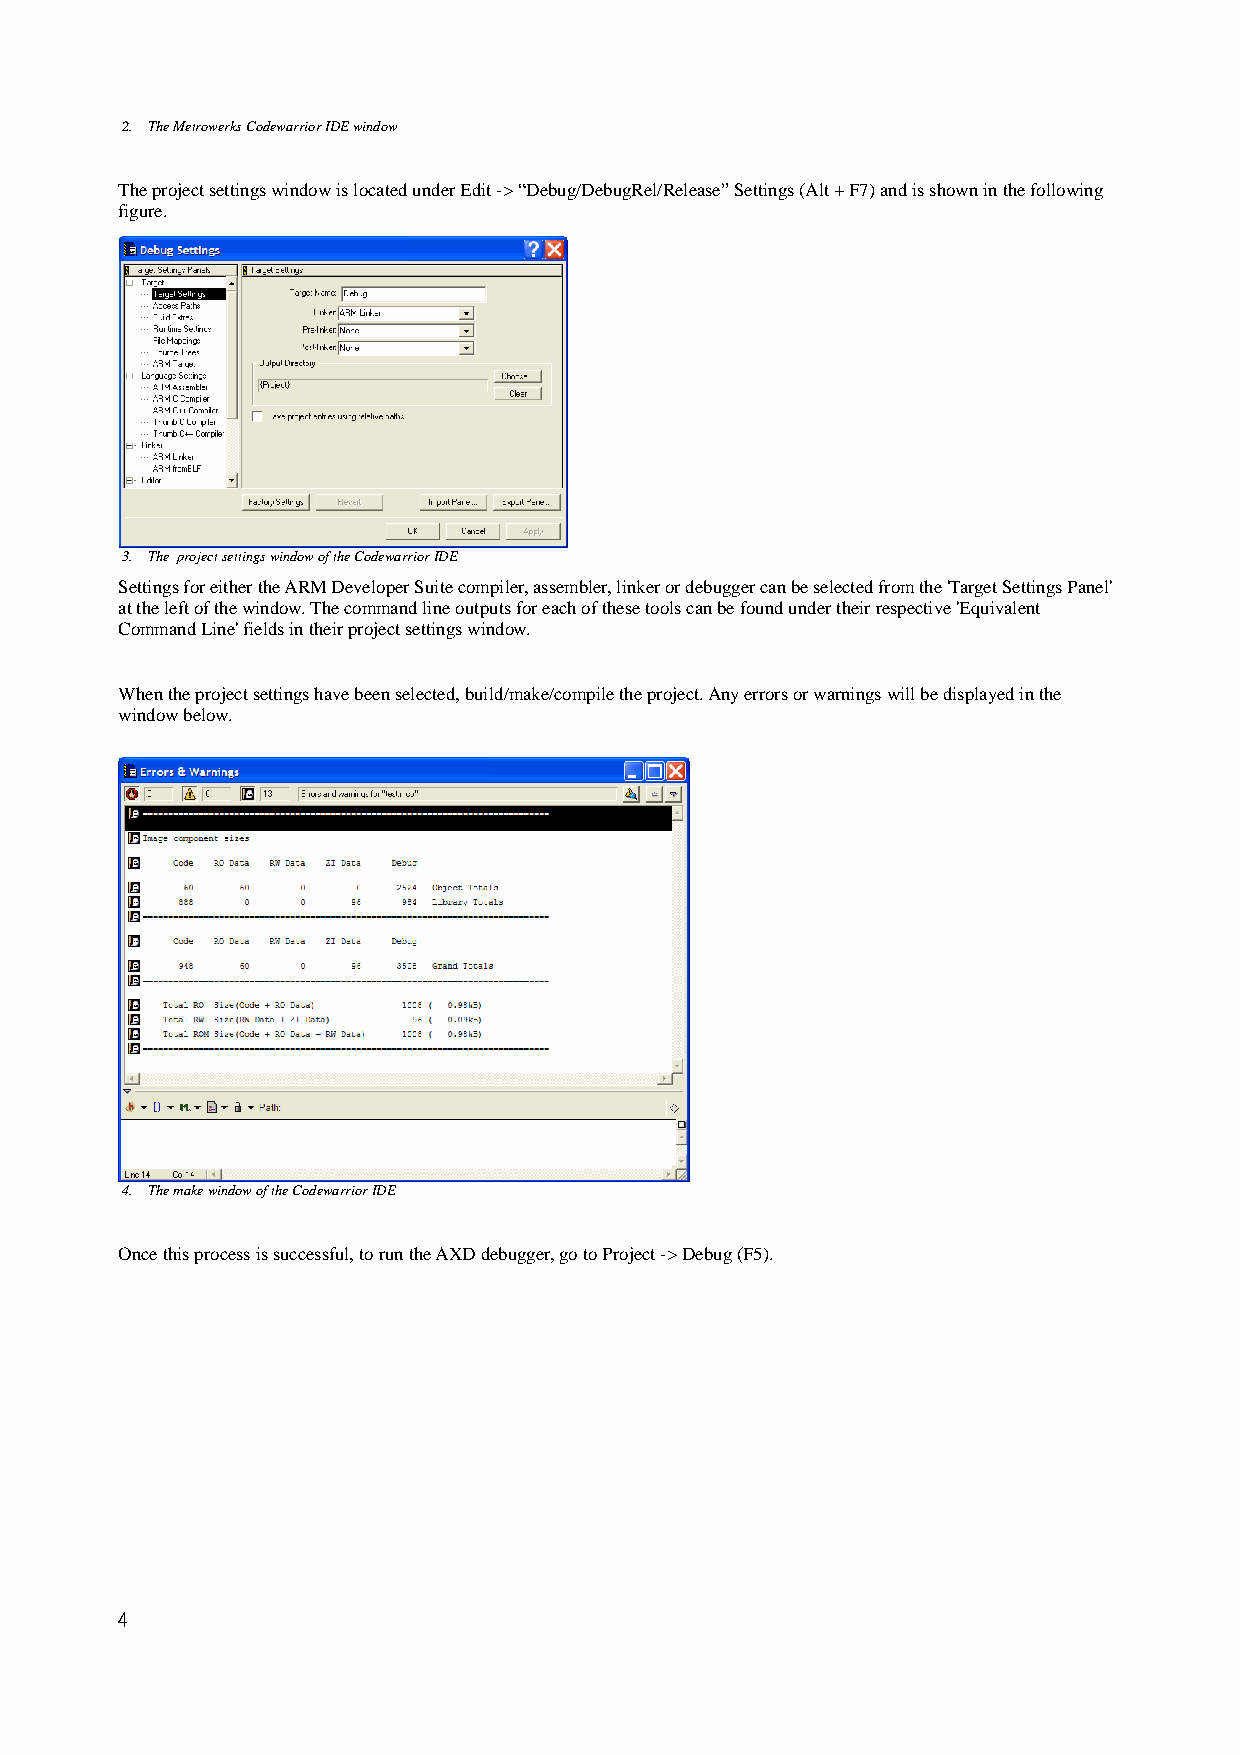
2. The Metrowerks Codewarrior IDE window
 The project settings window is located under Edit -> “Debug/DebugRel/Release” Settings (Alt + F7) and is shown in the following
 figure.
 3. The project settings window of the Codewarrior IDE
 Settings for either the ARM Developer Suite compiler, assembler, linker or debugger can be selected from the 'Target Settings Panel'
 at the left of the window. The command line outputs for each of these tools can be found under their respective 'Equivalent
 Command Line' fields in their project settings window.
 When the project settings have been selected, build/make/compile the project. Any errors or warnings will be displayed in the
 window below.
 4. The make window of the Codewarrior IDE
 Once this process is successful, to run the AXD debugger, go to Project -> Debug (F5).
 4